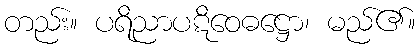
တည်း။ ပရိညာပဋိဝေဓဋ္ဌော၊ မည်၏။